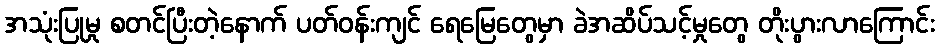
အသုံးပြုမှု စတင်ပြီးတဲ့နောက် ပတ်ဝန်းကျင် ရေမြေတွေမှာ ခဲအဆိပ်သင့်မှုတွေ တိုးပွားလာကြောင်း